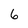
Character: 6